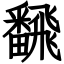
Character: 飜